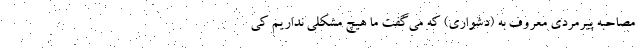
مصاحبه پیرمردی معروف به (دشواری) که می‌گفت ما هیچ مشکلی نداریم کی